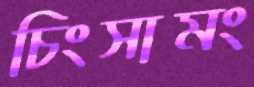
চিংসামং